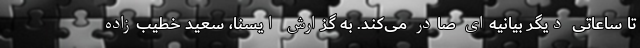
تا ساعاتی دیگر بیانیه‌ای صادر می‌کند. به گزارش ایسنا، سعید خطیب‌زاده